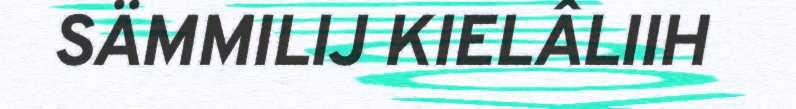
SÄMMILIJ KIELÂLIIH